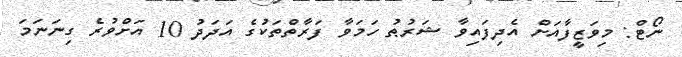
ނޯޓް: މިވަޒީފާއަށް އެދިފައިވާ ޝަރުޠު ހަމަވާ ފަރާތްތަކުގެ އަދަދު 10 އަށްވުރެ ގިނަނަމަ